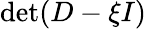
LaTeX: \operatorname*{det}(D-\xi I)